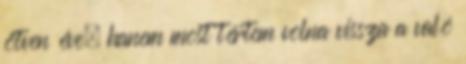
ötven éve, hanem most tértem volna vissza a való